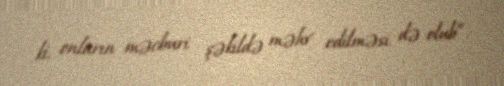
ki, onların məcburi şəkildə məhv edilməsi də olub”.